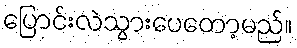
ပြောင်းလဲသွားပေတော့မည်။